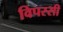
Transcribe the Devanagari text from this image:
विपस्सी